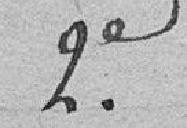
2e